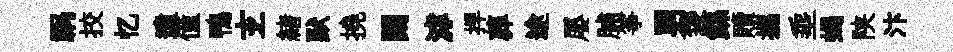
祸挍忆遺僮鴨𤣥緖默撓闊滹捍葬途屡脯筝男袋鲧贖攜埀蝎陕汴